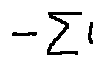
- \sum l